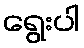
ရွေးပါ